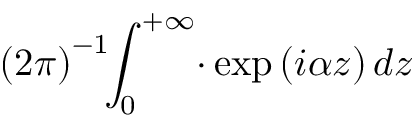
\left( 2 \pi \right) ^ { - 1 } \! \! \int _ { 0 } ^ { + \infty } \! \cdot \exp \left( i \alpha z \right) d z